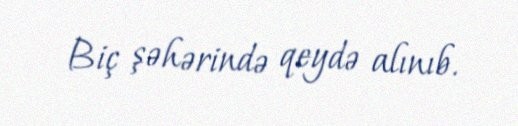
Biç şəhərində qeydə alınıb.